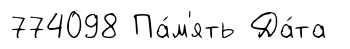
774098 Па́м'ять Да́та